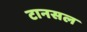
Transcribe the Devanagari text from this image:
टानसल